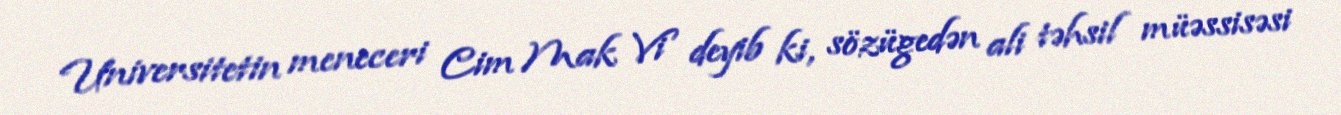
Universitetin meneceri Cim Mak Vi deyib ki, sözügedən ali təhsil müəssisəsi